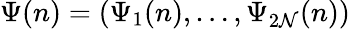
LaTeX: \Psi(n)=(\Psi_{1}(n),\dots,\Psi_{2\mathcal{N}}(n))